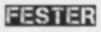
FESTER